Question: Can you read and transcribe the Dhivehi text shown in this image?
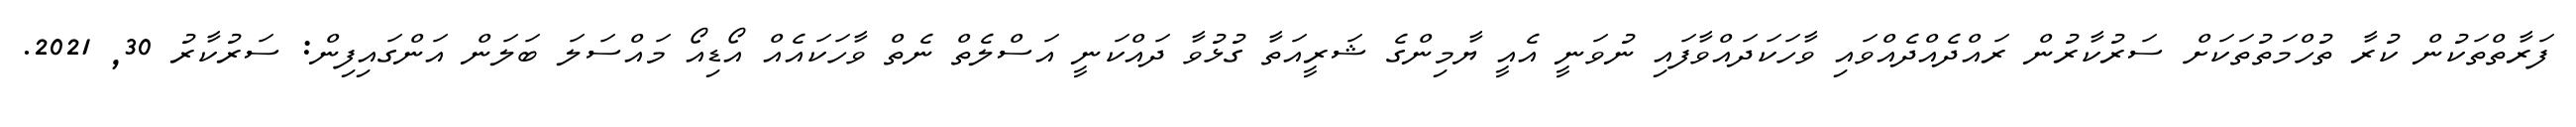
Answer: ފަރާތްތަކުން ކުރާ ތުހްމަތުތަކަށް ސަރުކާރުން ރައްދެއްދެއްވައި ވާހަކަދައްވާފައި ނުވަނީ އެއީ ޔާމިންގެ ޝަރީއަތާ ގުޅުވާ ދައްކަނީ އަސްލެތް ނެތް ވާހަކައެއް އޯޑިއޯ މައްސަލަ ބަލަން އަންގައިފިން: ސަރުކާރު 30, 2021.